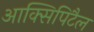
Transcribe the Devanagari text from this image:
आक्सिपिटैल